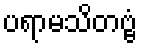
ပရာမသိတဗ္ဗံ